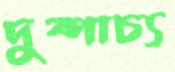
দুষ্পাচ্য